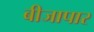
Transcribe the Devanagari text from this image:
बीजापार